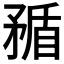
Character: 𥍿